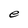
Character: e